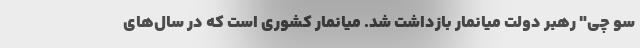
سو چی" رهبر دولت میانمار بازداشت شد. میانمار کشوری است که در سال‌های